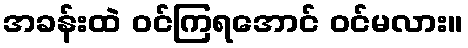
အခန်းထဲ ဝင်ကြရအောင် ဝင်မလား။